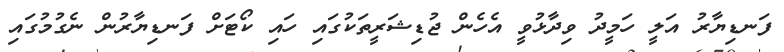
ފަނޑިޔާރު އަލީ ހަމީދު ވިދާޅުވީ އެހެން ޖުޑިޝަރީތަކުގައި ހައި ކޯޓަށް ފަނޑިޔާރުން ނެގުމުގައި